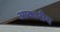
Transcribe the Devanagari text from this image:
आकारीय